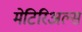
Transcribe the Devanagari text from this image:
मेटिरिअल्स